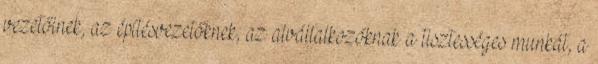
vezetőinek, az építésvezetőknek, az alvállalkozóknak a tisztességes munkát, a